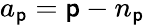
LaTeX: a_{\mathsf{p}}=\mathsf{p}-n_{\mathsf{p}}